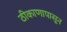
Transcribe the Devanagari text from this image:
ठीकाणापासून